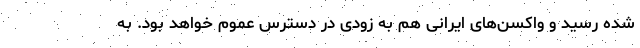
شده رسید و واکسن‌های ایرانی هم به زودی در دسترس عموم خواهد بود. به